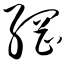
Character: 纲